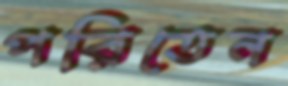
পরিতেন